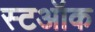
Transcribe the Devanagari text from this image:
स्टऑक